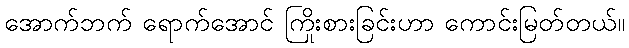
အောက်ဘက် ရောက်အောင် ကြိုးစားခြင်းဟာ ကောင်းမြတ်တယ်။